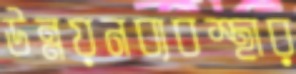
উন্নয়নব্যবস্থার